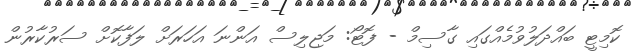
ކޮމިޓީ ބައްދަލުވުމެއްގައި ގާސިމް - ފޮޓޯ: މަޖިލިސް އަންނަ އަހަރަށް ލަފާކޮށް ސަރުކާރުން